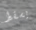
يسقط